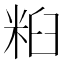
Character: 𱹀